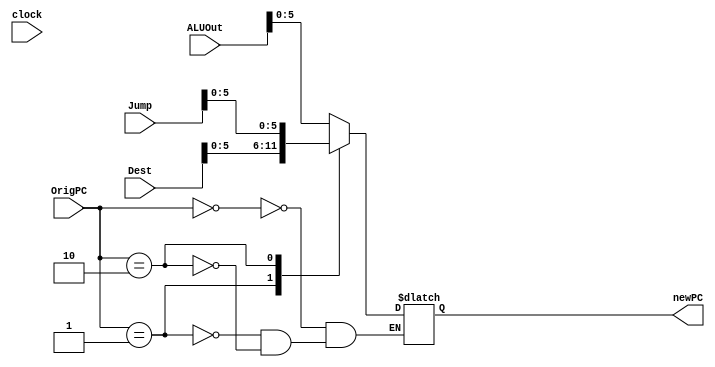
module muxPc2 (clock, ALUOut, Dest, Jump, OrigPC, newPC);
	/* Entradas do mdulo. */
	input clock;
	input [15:0] Jump;
	input [15:0] ALUOut;
	input [15:0] Dest;
	input [1:0 ] OrigPC;
	
	/* Sada do mdulo. */
	output [5:0] newPC;
	
	/* Componentes internos. */
	reg [5:0] addr;	// Endereo selecionado.
	
	always@(clock or OrigPC or Jump or Dest) begin
    case (OrigPC)
      2'b00: addr = ALUOut[5:0];
      2'b01: addr = Dest[5:0]; //pc
      2'b10: addr = Jump[5:0]; 
    endcase
  end
	
	/* Novo endereo de PC. */
	assign newPC = addr;

endmodule